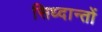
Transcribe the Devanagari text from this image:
सिध्दान्तों